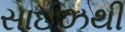
સાઈઝથી